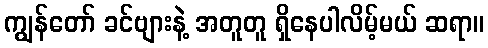
ကျွန်တော် ခင်ဗျားနဲ့ အတူတူ ရှိနေပါလိမ့်မယ် ဆရာ။